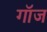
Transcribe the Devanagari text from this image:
गॉज